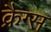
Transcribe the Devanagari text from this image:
क्रैग्स